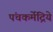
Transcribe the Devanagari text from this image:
पंचकर्मेंद्रिये